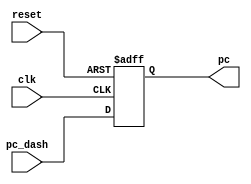
module program_counter #(parameter ADDRESS_SIZE=32)
  (
  input  wire [ADDRESS_SIZE-1:0] pc_dash,
  input  wire                    clk,
  input  wire                    reset,
  output reg  [ADDRESS_SIZE-1:0] pc
  );
  
  always@(posedge clk or negedge reset)
   begin
     if(!reset)
       begin
         pc<=32'b0;
       end
     else
       begin
         pc<=pc_dash;
       end
     end
   endmodule